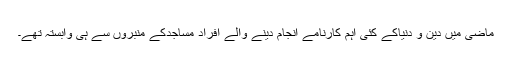
ماضی میں دین و دنیاکے کئی اہم کارنامے انجام دینے والے افراد مساجدکے منبروں سے ہی وابستہ تھے۔